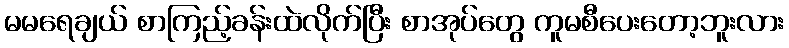
မမရေချယ် စာကြည့်ခန်းထဲလိုက်ပြီး စာအုပ်တွေ ကူမစီပေးတော့ဘူးလား